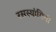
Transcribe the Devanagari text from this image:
रसस्यांगिनी